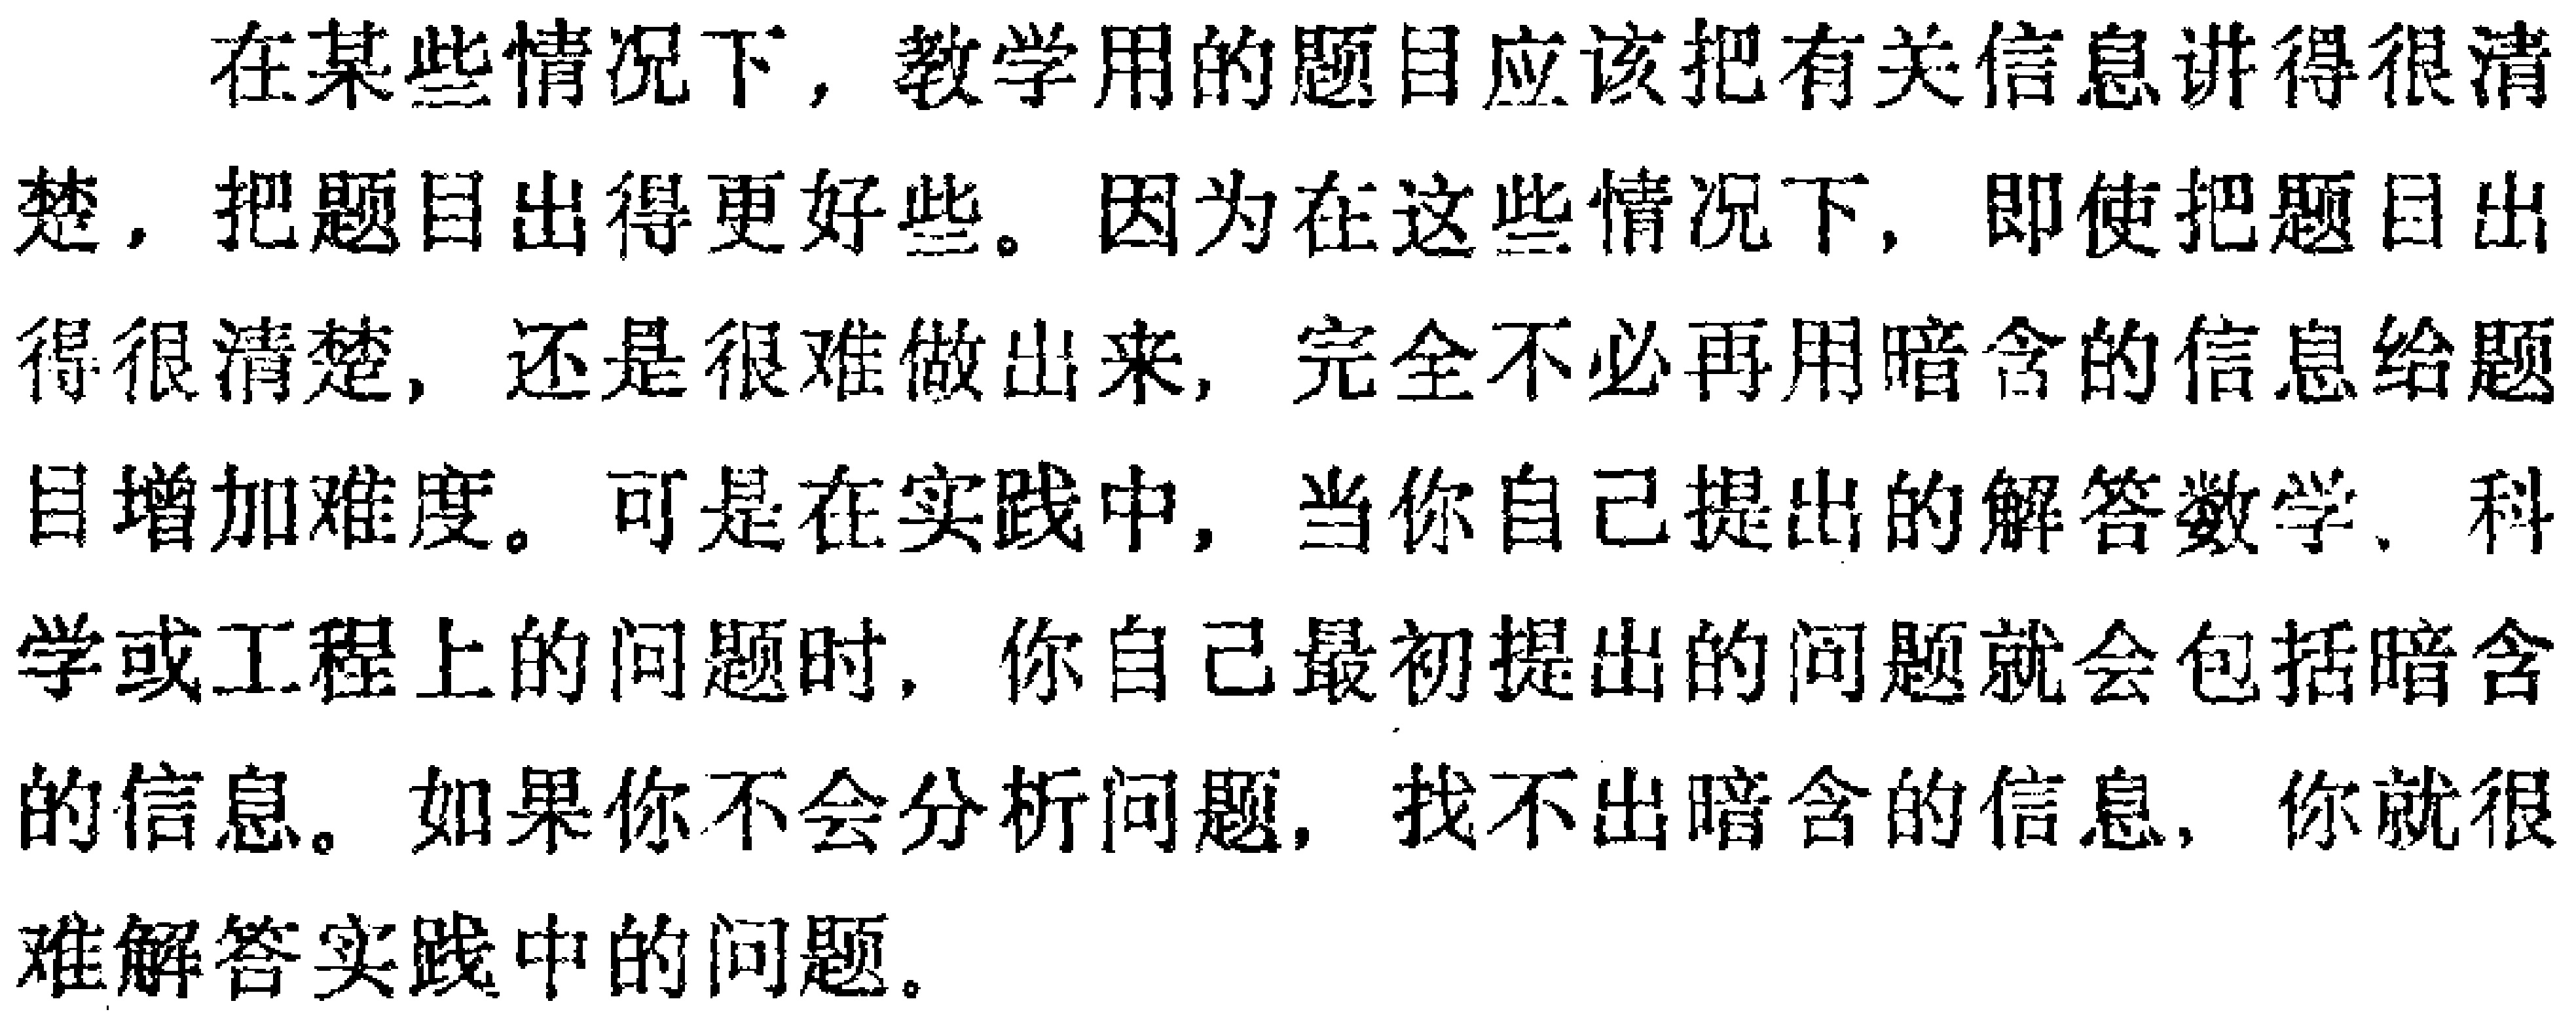
在某些情况下，教学用的题目应该把有关信息讲得很清楚，把题目出得更好些。因为在这些情况下，即使把题目出得很清楚，还是很难做出来，完全不必再用暗含的信息给题目增加难度。可是在实践中，当你自己提出的解答数学、科学或工程上的问题时，你自己最初提出的问题就会包括暗含的信息。如果你不会分析问题，找不出暗含的信息，你就很难解答实践中的问题。